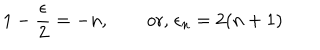
LaTeX: 1 - { \frac { \epsilon } { 2 } } = - n , \qquad \mathrm { o r , } \; \epsilon _ { n } = 2 ( n + 1 )